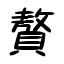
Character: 贅